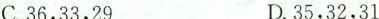
C.36.33.29 D.35.32.31